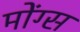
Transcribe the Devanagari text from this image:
मोंग्स